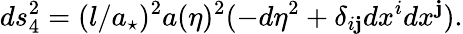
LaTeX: ds_{4}^{2}=(l/a_{\star})^{2}a(\eta)^{2}(-d\eta^{2}+\delta_{i\mathbf{j}}dx^{i}dx^{\mathbf{j}}).